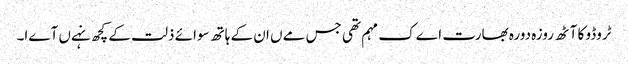
ٹروڈو کا آٹھ روزہ دورہ بھارت اےک مہم تھی جس مےں ان کے ہاتھ سوائے ذلت کے کچھ نہےں آےا۔